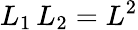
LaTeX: L_{1}\, L_{2}=L^{2}